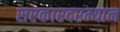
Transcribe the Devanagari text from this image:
सरकारदरम्यान